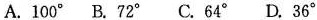
A.100^{\circ} B.72^{\circ} C.64°^{\circ} D.36^{\circ}